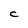
Character: C